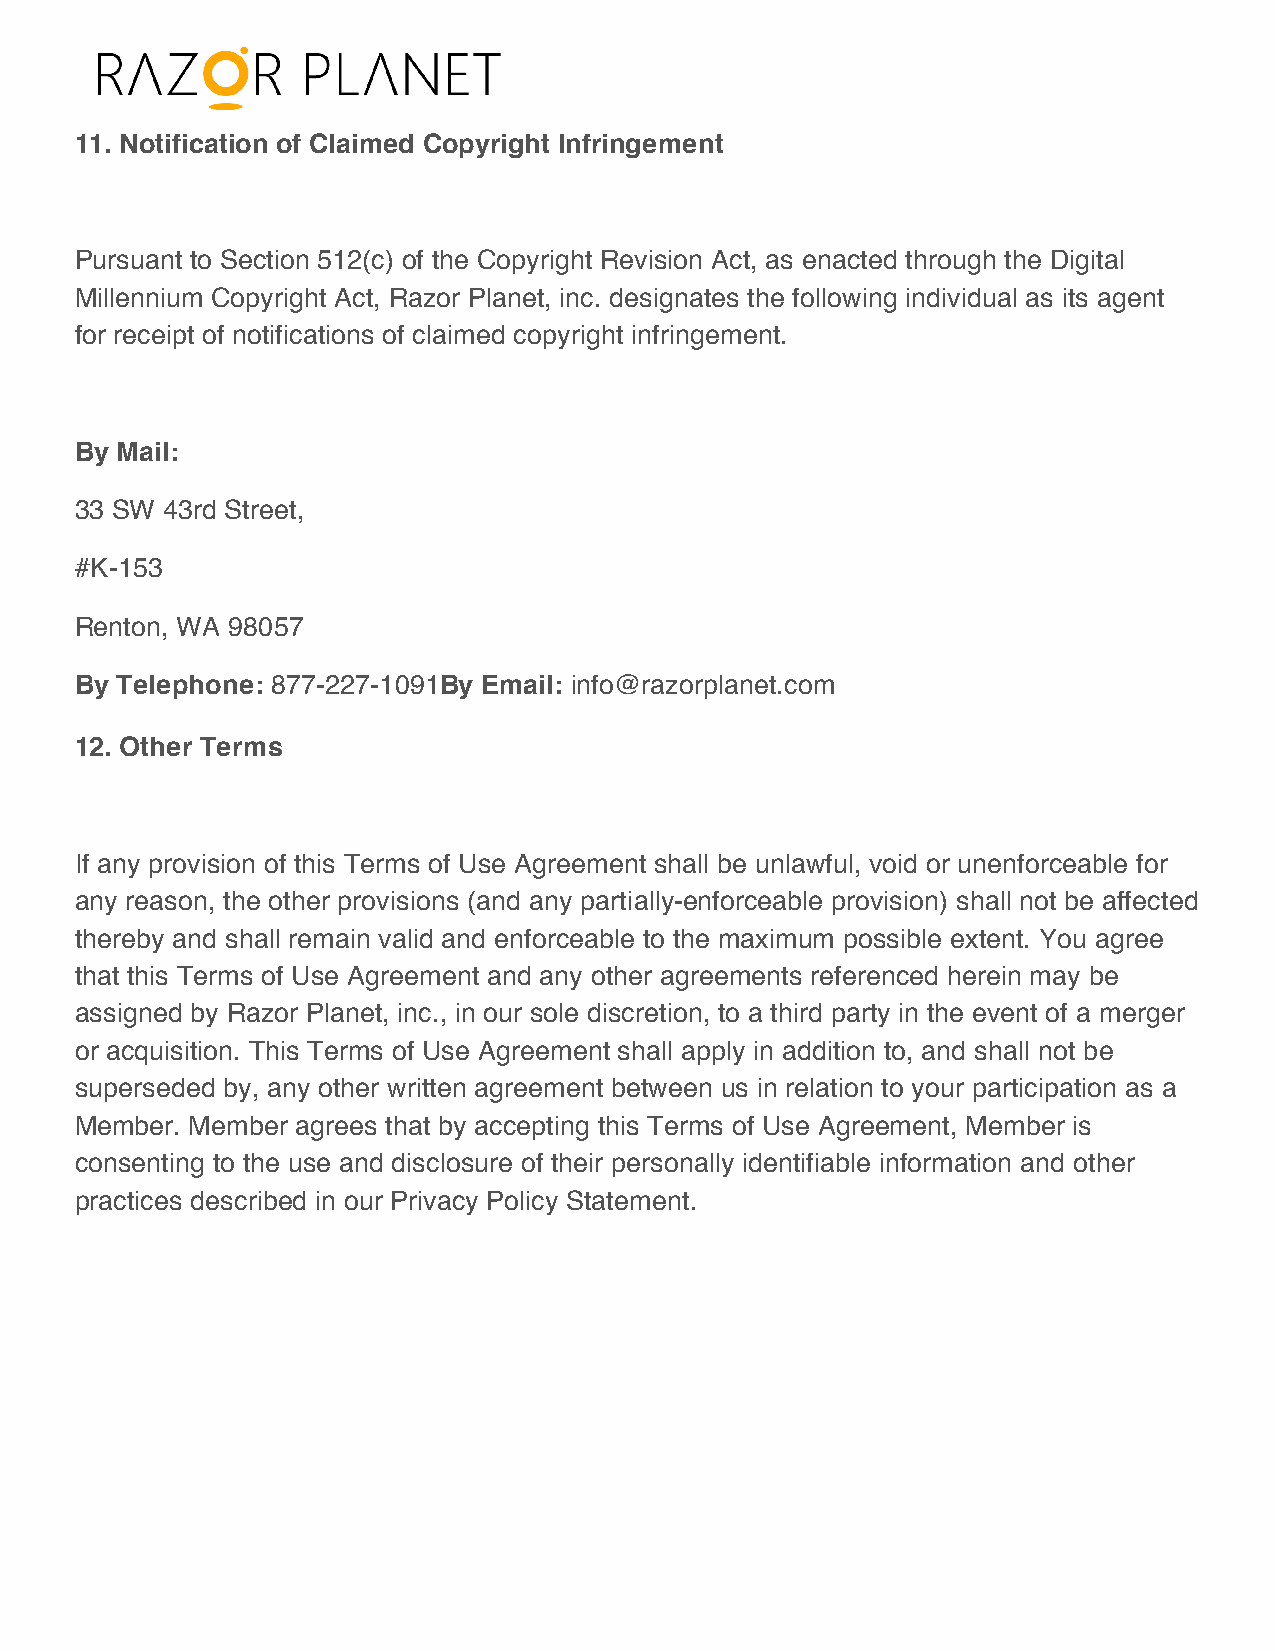
11. Notification of Claimed Copyright Infringement
 Pursuant to Section 512(c) of the Copyright Revision Act, as enacted through the Digital
 Millennium Copyright Act, Razor Planet, inc. designates the following individual as its agent
 for receipt of notifications of claimed copyright infringement.
 By Mail:
 33 SW 43rd Street,
 #K-153
 Renton, WA 98057
 By Telephone: 877-227-1091 By Email: info@razorplanet.com
 12. Other Terms
 If any provision of this Terms of Use Agreement shall be unlawful, void or unenforceable for
 any reason, the other provisions (and any partially-enforceable provision) shall not be affected
 thereby and shall remain valid and enforceable to the maximum possible extent. You agree
 that this Terms of Use Agreement and any other agreements referenced herein may be
 assigned by Razor Planet, inc., in our sole discretion, to a third party in the event of a merger
 or acquisition. This Terms of Use Agreement shall apply in addition to, and shall not be
 superseded by, any other written agreement between us in relation to your participation as a
 Member. Member agrees that by accepting this Terms of Use Agreement, Member is
 consenting to the use and disclosure of their personally identifiable information and other
 practices described in our Privacy Policy Statement.